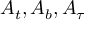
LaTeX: \sum _ { m = 1 } ^ { \lfloor { \sqrt { n } } \rfloor } \left( \left\lfloor { \frac { n } { m } } \right\rfloor - \left\lfloor { \frac { n - 1 } { m } } \right\rfloor \right) = 1